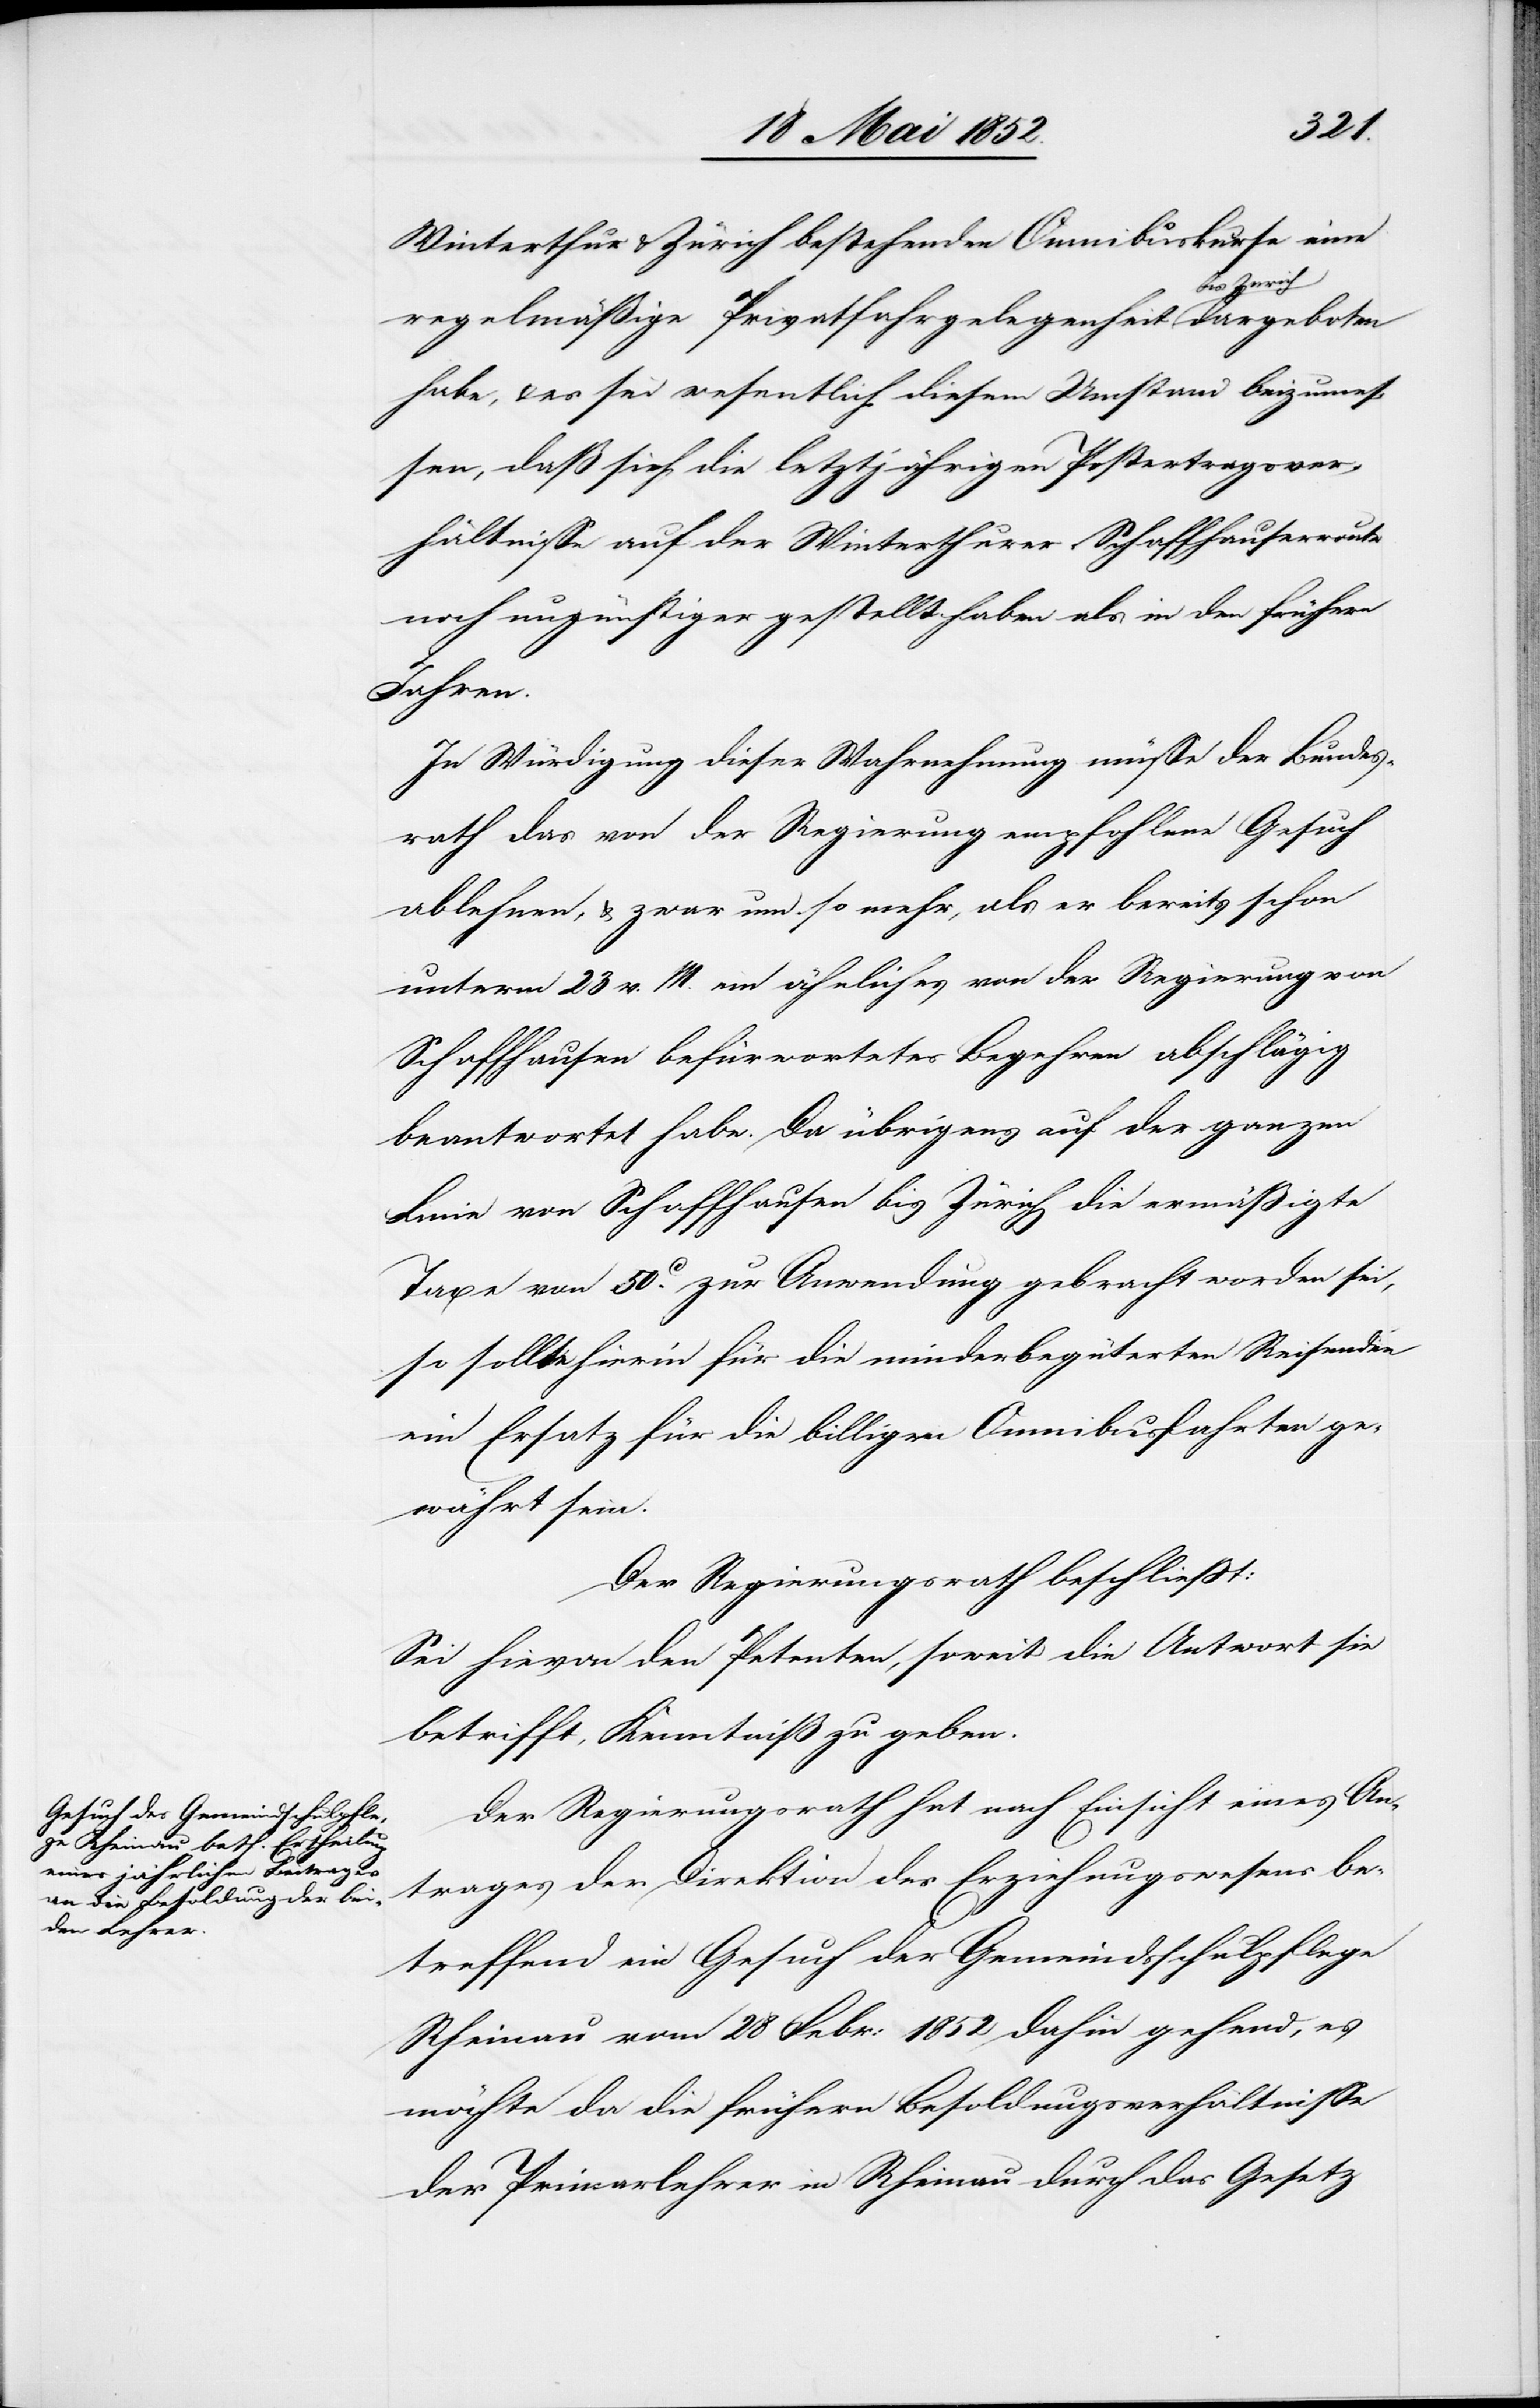
Winterthur & Zürich bestehenden Omnibuskurse eine
regelmäßige Privatfahrgelegenheit bis Zurich
habe, & es sei wesentlich diesem Umstand beizumes¬
sen, daß sich die letztjährigen Postertragsver¬
hältnisse auf der Winterthurer Schaffhauserroute
noch ungünstiger gestellt haben als in den frühern
Jahren.
In Würdigung dieser Wahrnehmung müsse der Bundes¬
rath das von der Regierung empfohlene Gesuch
ablehnen, & zwar um so mehr, als er bereits schon
unterm 23 v. M. ein ähnliches von der Regierung von
Schaffhausen befürwortetes Begehren abschlägig
beantwortet habe. Da übrigens auf der ganzen
Linie von Schaffhausen bis Zürich die ermässigte
Taxe von 50C. zur Anwendung gebracht worden sei,
so sollte hierin für die minderbegüterten Reisenden
ein Ersatz für die billigen Omnibusfahrten ge¬
währt sein.
Der Regierungsrath beschliesst:
Sei hievon den Petenten, soweit die Antwort sie
betrifft, Kenntniß zu geben.
Der Regierungsrath hat nach Einsicht eines An¬
trages der Direktion des Erziehungswesens be¬
treffend ein Gesuch der Gemeindsschulpflege
Rheinau vom 28 Febr: 1852 dahin gehend, es
möchte da die frühern Besoldungsverhältnisse
der Primarlehrer in Rheinau durch das Gesetz